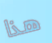
هذا